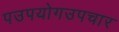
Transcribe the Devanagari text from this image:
पउपयोगउपचार